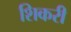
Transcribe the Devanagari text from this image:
शिकरी